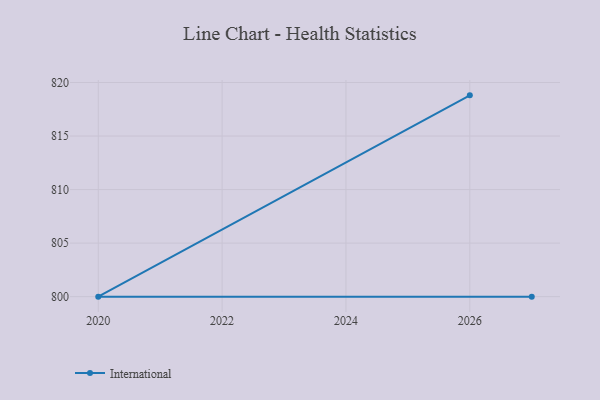
{"axis": {"x": "Year", "y": "Waste Production (Tons)"}, "legend": ["International"], "data": [{"x": "2026", "y": 818.8, "type": "International"}, {"x": "2020", "y": 800, "type": "International"}, {"x": "2027", "y": 800, "type": "International"}]}